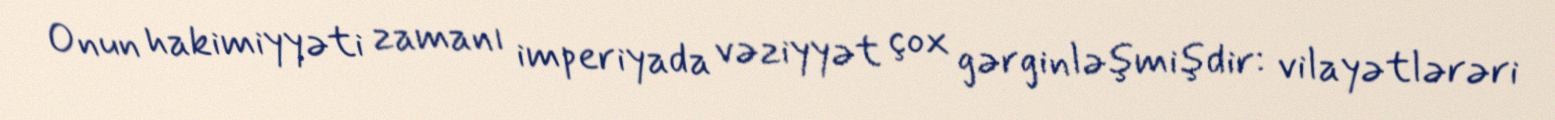
Onun hakimiyyəti zamanı imperiyada vəziyyət çox gərginləşmişdir: vilayətlərəri